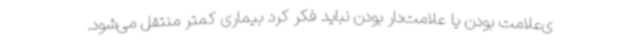
ی‌علامت بودن یا علامت‌دار بودن نباید فکر کرد بیماری کمتر منتقل می‌شود.